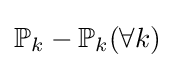
\mathbb {P} _{k}-\mathbb {P} _{k}(\forall k)